Indian journal of veterinary science and animal husbandry - Volume 6,
Year: 1936
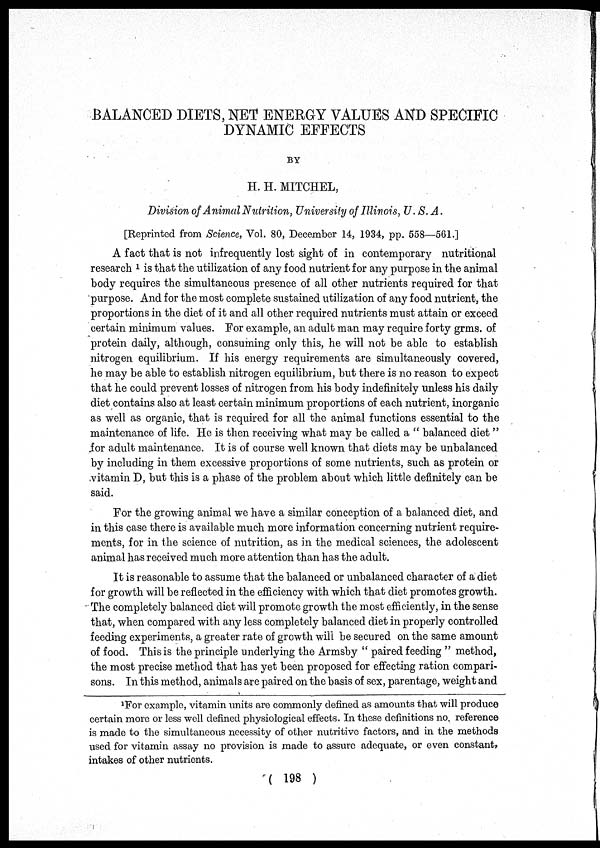
BALANCED DIETS, NET ENERGY VALUES AND SPECIFIC
DYNAMIC EFFECTS
BY
H. H. MITCHEL,
Division of Animal Nutrition, University of Illinois, U. S. A.
[Reprinted from Science, Vol. 80, December 14, 1934, pp. 558—561.]
A fact that is not infrequently lost sight of in contemporary nutritional
research 1 is that the utilization of any food nutrient for any purpose in the animal
body requires the simultaneous presence of all other nutrients required for that
purpose. And for the most complete sustained utilization of any food nutrient, the
proportions in the diet of it and all other required nutrients must attain or exceed
certain minimum values. For example, an adult man may require forty grms. of
protein daily, although, consuming only this, he will not be able to establish
nitrogen equilibrium. If his energy requirements are simultaneously covered,
he may be able to establish nitrogen equilibrium, but there is no reason to expect
that he could prevent losses of nitrogen from his body indefinitely unless his daily
diet contains also at least certain minimum proportions of each nutrient, inorganic
as well as organic, that is required for all the animal functions essential to the
maintenance of life. He is then receiving what may be called a " balanced diet "
for adult maintenance. It is of course well known that diets may be unbalanced
by including in them excessive proportions of some nutrients, such as protein or
vitamin D, but this is a phase of the problem about which little definitely can be
said.
For the growing animal we have a similar conception of a balanced diet, and
in this case there is available much more information concerning nutrient require-
ments, for in the science of nutrition, as in the medical sciences, the adolescent
animal has received much more attention than has the adult.
It is reasonable to assume that the balanced or unbalanced character of a diet
for growth will be reflected in the efficiency with which that diet promotes growth.
The completely balanced diet will promote growth the most efficiently, in the sense
that, when compared with any less completely balanced diet in properly controlled
feeding experiments, a greater rate of growth will be secured on the same amount
of food. This is the principle underlying the Armsby " paired feeding " method,
the most precise method that has yet been proposed for effecting ration compari-
sons. In this method, animals are paired on the basis of sex, parentage, weight and
1 For example, vitamin units are commonly defined as amounts that will produce
certain more or less well defined physiological effects. In these definitions no. reference
is made to the simultaneous necessity of other nutritive factors, and in the methods
used for vitamin assay no provision is made to assure adequate, or even constant,
intakes of other nutrients.
( 198 )